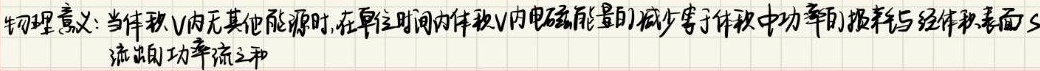
物理意义: 当体积 $V$ 内无其他能源时, 在单位时间内体积 $V$ 内电磁能量的减少等于体积中功率的损耗与经体积表面 $S$ 流出的功率流之和